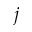
j